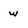
Character: w